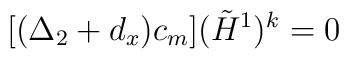
[(\Delta_2 + d_x) c_m] ({\tilde H}^1)^k = 0